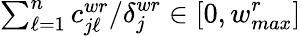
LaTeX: {\textstyle\sum_{\ell=1}^{n}c_{j\ell}^{wr}}/{\delta_{j}^{wr}}\in[0,w_{max}^{r}]